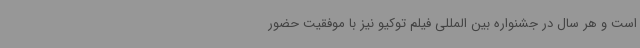
است و هر سال در جشنواره بین المللی فیلم توکیو نیز با موفقیت حضور